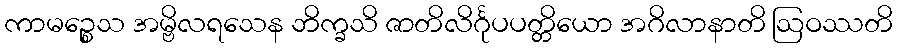
ကာမဉ္စေသ အမ္ဗိလရသေန ဘိက္ခသိ ဇာတိလိင်္ဂုပပတ္တိယော အဂိလာနာတိ ဩဝဿတိ